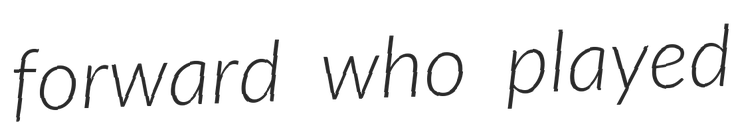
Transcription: forward who played